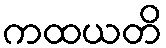
ကထယတိ